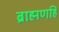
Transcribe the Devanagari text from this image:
ब्राह्मणहि